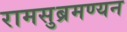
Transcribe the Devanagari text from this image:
रामसुब्रमण्यन